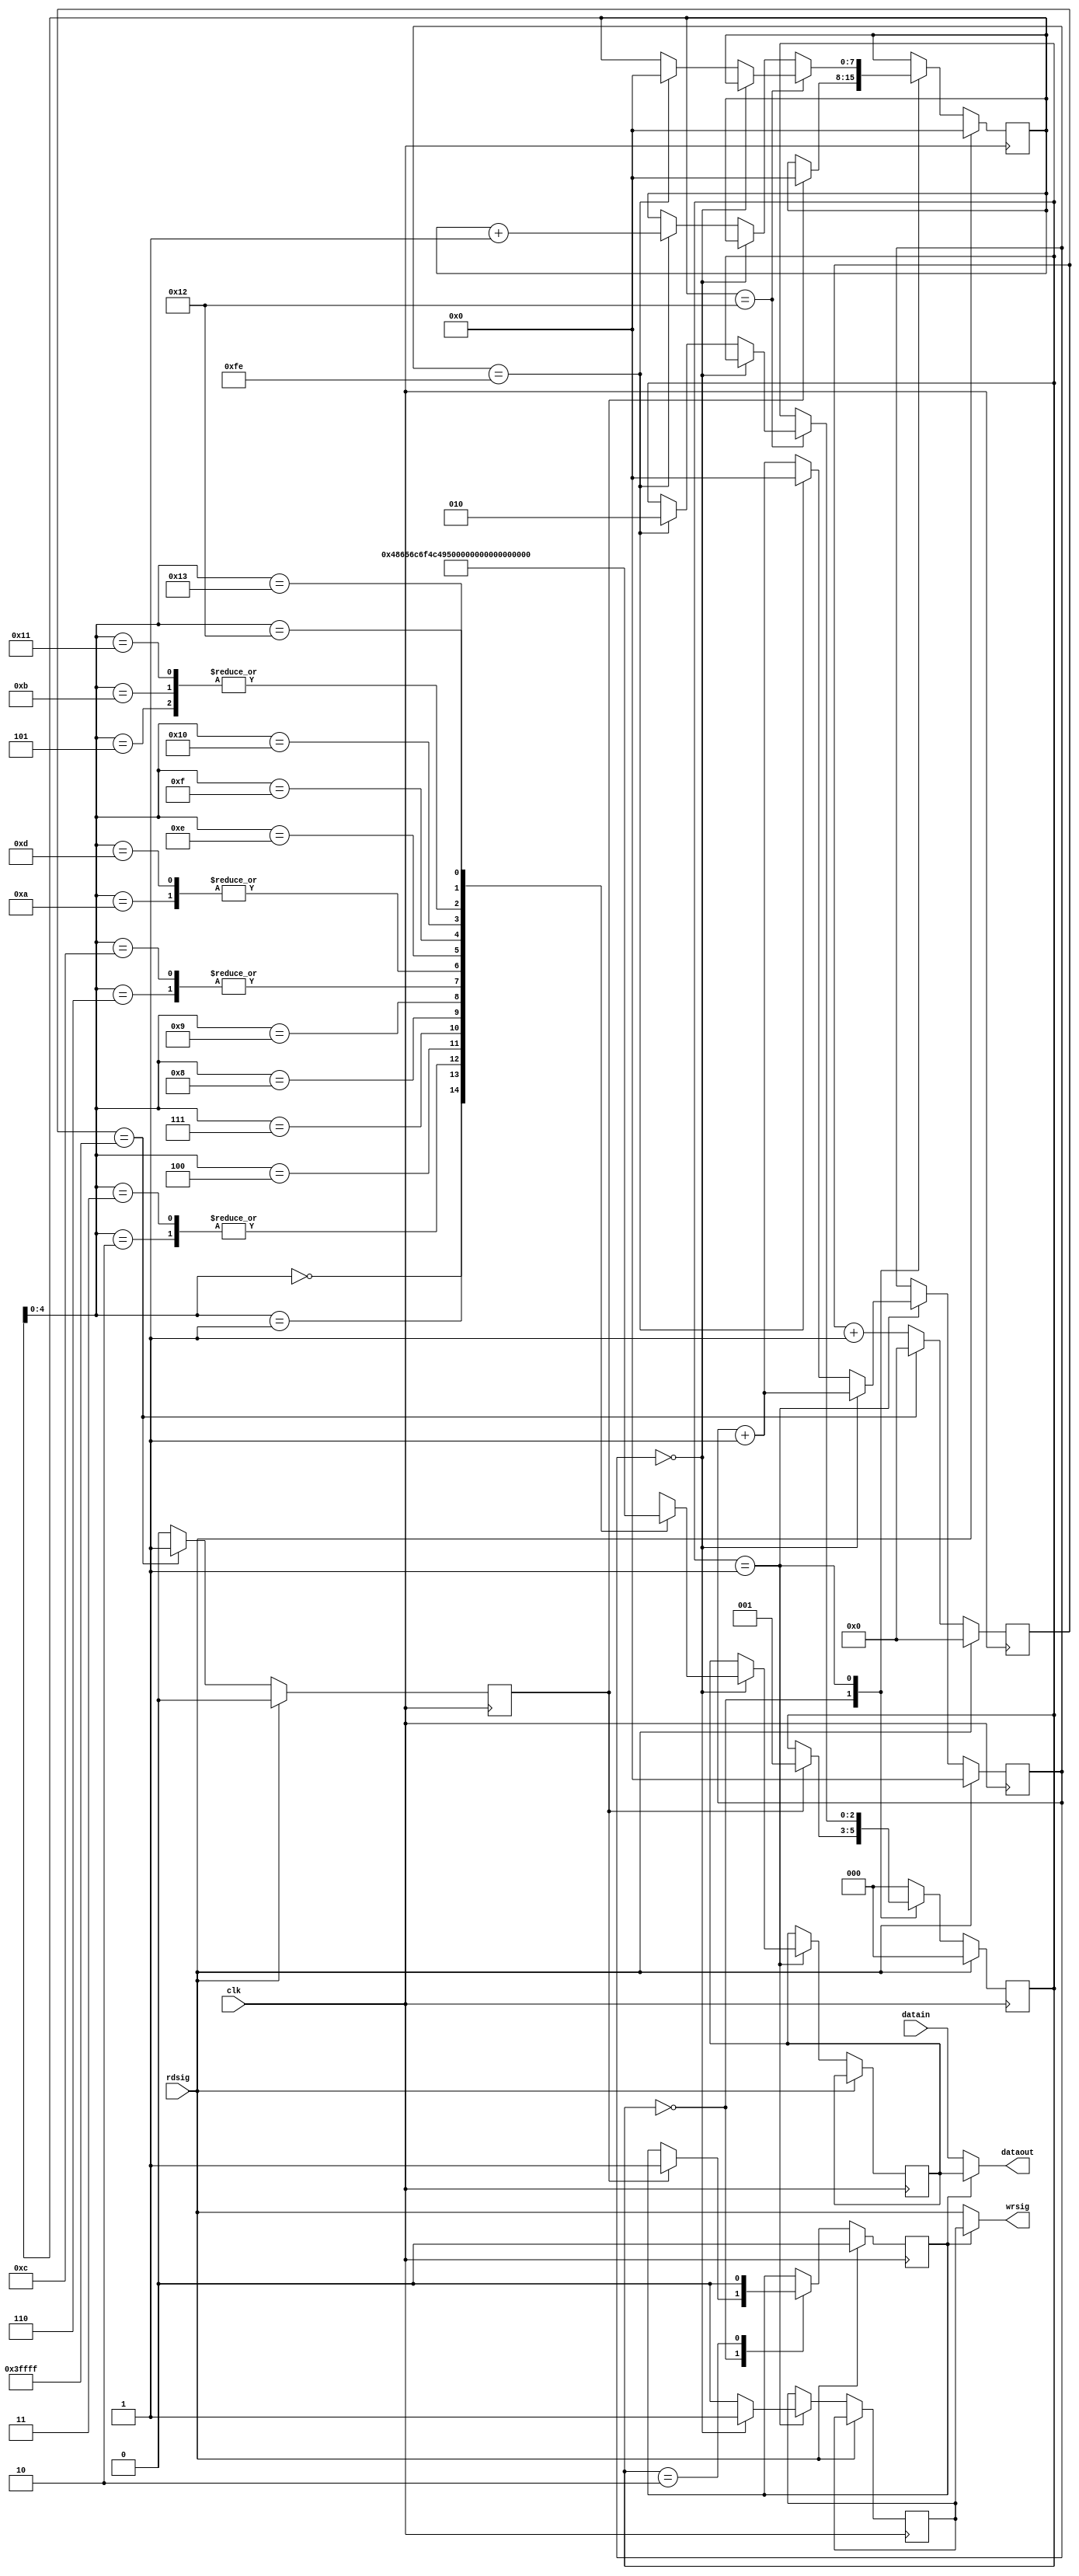
module uart_ctrl(
    input clk,
    input [7:0] datain,
    input rdsig,
    output [7:0] dataout,
    output wrsig
    );
    
reg sel, wrsig_r, valid;
reg [2:0] step;
reg [7:0] store [19:0];
reg [7:0] data_r, k, cnt;
reg [17:0] valid_cnt;

assign dataout = (sel)? data_r : datain;
assign wrsig = (sel)? wrsig_r : rdsig;

always @ (*) begin
    store[0]<=72;                           //洢ַH
    store[1]<=101;                          //洢ַe
    store[2]<=108;                          //洢ַl
    store[3]<=108;                          //洢ַl
    store[4]<=111;                          //洢ַo
    store[5]<=32;                           //洢ַո
    store[6]<=65;                           //洢ַA
    store[7]<=76;                           //洢ַL
    store[8]<=73;                           //洢ַI
    store[9]<=78;                           //洢ַN
    store[10]<=88;                          //洢ַX
    store[11]<=32;                          //洢ַո
    store[12]<=65;                          //洢ַA
    store[13]<=88;                          //洢ַX
    store[14]<=53;                          //洢ַ5
    store[15]<=49;                          //洢ַ1
    store[16]<=54;                          //洢ַ6
    store[17]<=32;                          //洢ַո
    store[18]<=10;                          //з
    store[19]<=13;                          //س
end

always @ (posedge clk) begin
    if(rdsig) begin
        valid_cnt <= 18'd0;
        valid <= 1'b0;
    end
    else if(valid_cnt == 18'h3ffff) begin
        valid_cnt <= 18'd0;
        valid <= 1'b1;
    end
    else begin
        valid_cnt <= valid_cnt + 1'b1;
        valid <= 1'b0;
    end
end

always @ (posedge clk) begin
    if(rdsig) begin
        k <= 8'd0;
        sel <= 1'b0;
        cnt <= 8'd0;
        step <= 3'b000;
    end
    else begin
        case(step)
            3'b000: begin
                if(valid) begin
                    step <= 3'b001;
                    sel <= 1'b1;
                    k <= 8'd0;
                end
            end
            3'b001: begin
                if(k == 18) begin
                    if(cnt == 8'd0) begin
                        cnt <= cnt + 1'b1;
                        data_r <= store[k];
                        wrsig_r <= 1'b1;
                    end
                    else if(cnt == 8'd254) begin
                        cnt <= 8'd0;
                        wrsig_r <= 1'b0;
                        k <= 8'd0;
                        step <= 3'b010;
                    end
                    else begin
                        cnt <= cnt + 1'b1;
                        wrsig_r <= 1'b0;
                    end
                end
                else begin
                    if(cnt == 8'd0) begin
                        cnt <= cnt + 1'b1;
                        data_r <= store[k];
                        wrsig_r <= 1'b1;
                    end
                    else if(cnt == 8'd254) begin
                        cnt <= 8'd0;
                        wrsig_r <= 1'b0;
                        k <=  k + 8'd1;
                    end
                    else begin
                        cnt <= cnt + 1'b1;
                        wrsig_r <= 1'b0;
                    end
                end
            end
            3'b010: begin
                sel <= 1'b0;
                step <= 3'b000;
            end
            default : begin
                step <= 3'b000;
            end
        endcase
    end
end
endmodule